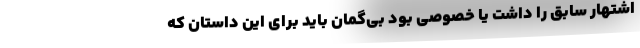
اشتهار سابق را داشت یا خصوصی بود بی‌‌گمان باید برای این داستان که